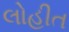
લોહીત